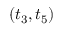
( t _ { 3 } , t _ { 5 } )